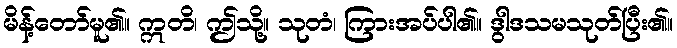
မိန့်တော်မူ၏။ ဣတိ၊ ဤသို့။ သုတံ၊ ကြားအပ်ပါ၏။ ဒွါဒသမသုတ်ပြီး၏။